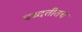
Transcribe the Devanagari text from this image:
पध्दतीतच